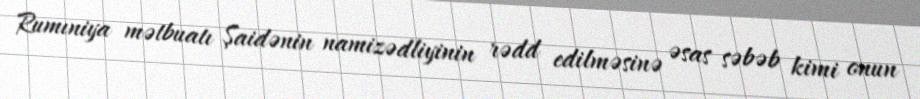
Rumıniya mətbuatı Şaidənin namizədliyinin rədd edilməsinə əsas səbəb kimi onun